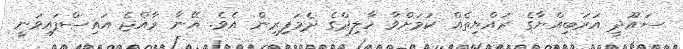
ސައޫދީ އަަރަބިއްޔާގެ ރައްޔިތެއް ކަމަށްވާ ހާލިދްގެ ދެމަފިރިން އެވެ. އޭނާ ރާއްޖެ އައިސްފައިވަނީ